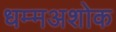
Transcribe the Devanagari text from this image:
धम्मअशोक